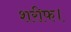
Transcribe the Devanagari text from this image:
शरीफ।